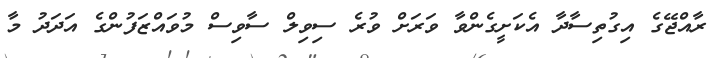
ރާއްޖޭގެ އިގުތިސާދާ އެކަށީގެންވާ ވަރަށް ވުރެ ސިވިލް ސާވިސް މުވައްޒަފުންގެ އަދަދު މާ